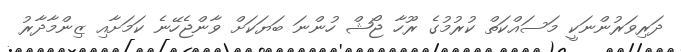
ދަރިވަރުންނަކީ މަސައްކަތް ކުރުމުގެ ރޫހާ ޖޯޝް ހުންނަ ބަޔަކަށް ވާންޖެހޭނެ ކަމަށާއި ޒިންމާދާރު